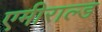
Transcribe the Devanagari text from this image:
एमीराल्ड